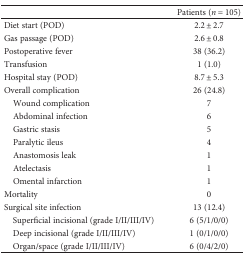
<table><thead><tr><td>[EMPTY_CELL]</td><td><b>Patients (<i>n</i> = 105)</b></td></tr></thead><tbody><tr><td>Diet start (POD)</td><td>2.2 ± 2.7</td></tr><tr><td>Gas passage (POD)</td><td>2.6 ± 0.8</td></tr><tr><td>Postoperative fever</td><td>38 (36.2)</td></tr><tr><td>Transfusion</td><td>1 (1.0)</td></tr><tr><td>Hospital stay (POD)</td><td>8.7 ± 5.3</td></tr><tr><td>Overall complication</td><td>26 (24.8)</td></tr><tr><td> Wound complication</td><td>7</td></tr><tr><td> Abdominal infection</td><td>6</td></tr><tr><td> Gastric stasis</td><td>5</td></tr><tr><td> Paralytic ileus</td><td>4</td></tr><tr><td> Anastomosis leak</td><td>1</td></tr><tr><td> Atelectasis</td><td>1</td></tr><tr><td> Omental infarction</td><td>1</td></tr><tr><td>Mortality</td><td>0</td></tr><tr><td>Surgical site infection</td><td>13 (12.4)</td></tr><tr><td> Superficial incisional (grade I/II/III/IV)</td><td>6 (5/1/0/0)</td></tr><tr><td> Deep incisional (grade I/II/III/IV)</td><td>1 (0/1/0/0)</td></tr><tr><td> Organ/space (grade I/II/III/IV)</td><td>6 (0/4/2/0)</td></tr></tbody></table>